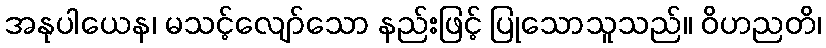
အနုပါယေန၊ မသင့်လျော်သော နည်းဖြင့် ပြုသောသူသည်။ ဝိဟညတိ၊